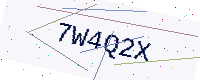
Text: 7W4Q2X